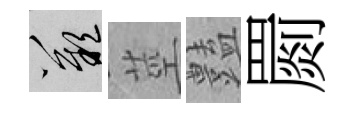
嘆莖𧰟罽